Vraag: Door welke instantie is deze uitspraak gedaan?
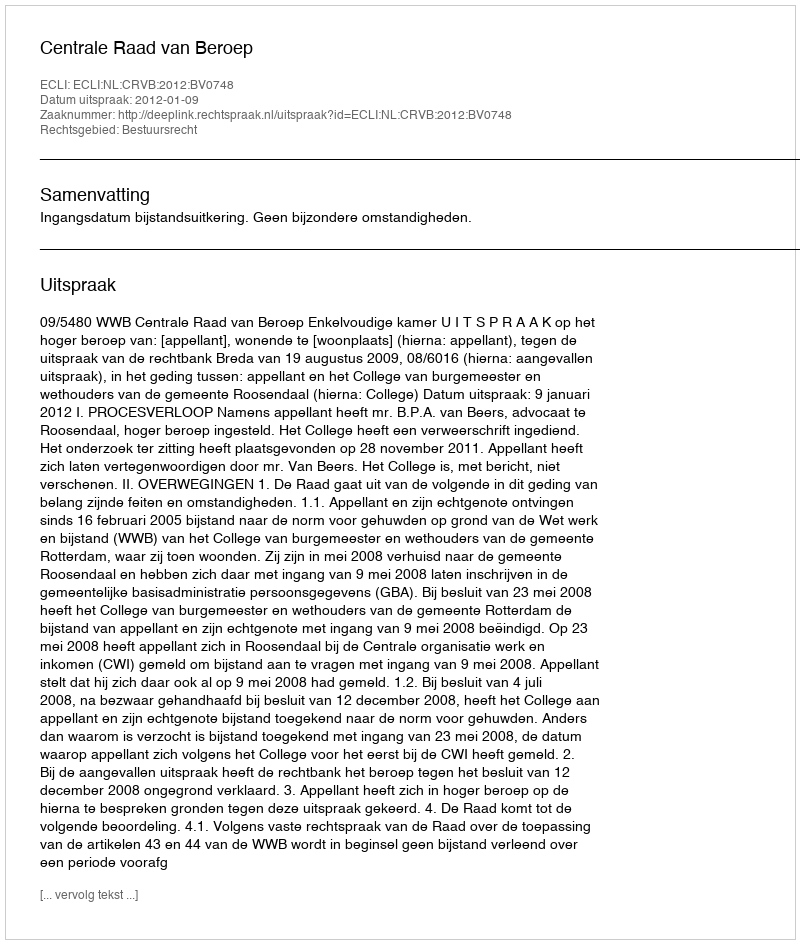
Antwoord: Centrale Raad van Beroep